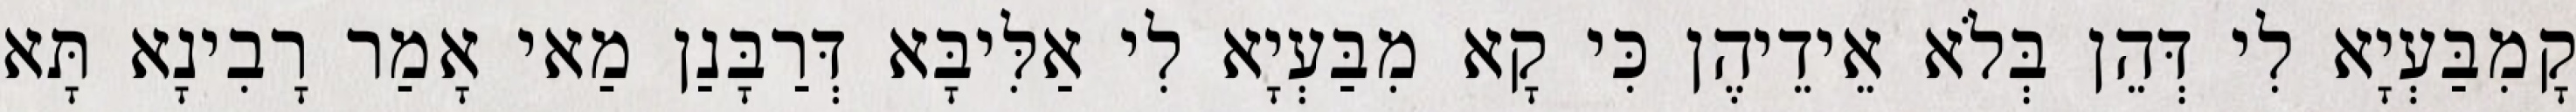
קָמִבַּעְיָא לִי דְּהֵן בְּלֹא אֵידֵיהֶן כִּי קָא מִבַּעְיָא לִי אַלִּיבָּא דְּרַבָּנַן מַאי אָמַר רָבִינָא תָּא